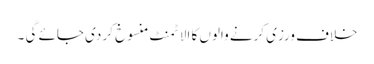
خلاف ورزی کرنے والوں کا الاٹمنٹ منسوخ کر دی جائے گی ۔